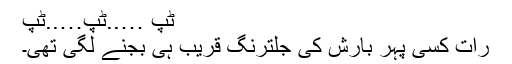
ٹپ …..ٹپ…..ٹپ
رات کسی پہر بارش کی جلترنگ قریب ہی بجنے لگی تھی۔